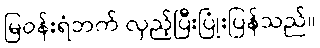
မြဝန်းရံဘက် လှည့်ပြီးပြုံးပြန်သည်။